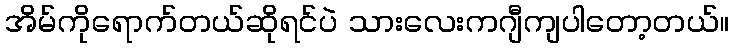
အိမ်ကိုရောက်တယ်ဆိုရင်ပဲ သားလေးကဂျီကျပါတော့တယ်။